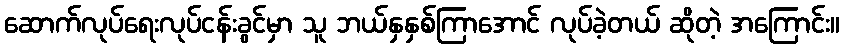
ဆောက်လုပ်ရေးလုပ်ငန်းခွင်မှာ သူ ဘယ်နှနှစ်ကြာအောင် လုပ်ခဲ့တယ် ဆိုတဲ့ အကြောင်း။